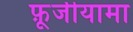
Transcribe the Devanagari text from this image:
फ़ूजीयामा